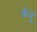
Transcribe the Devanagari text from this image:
केजू